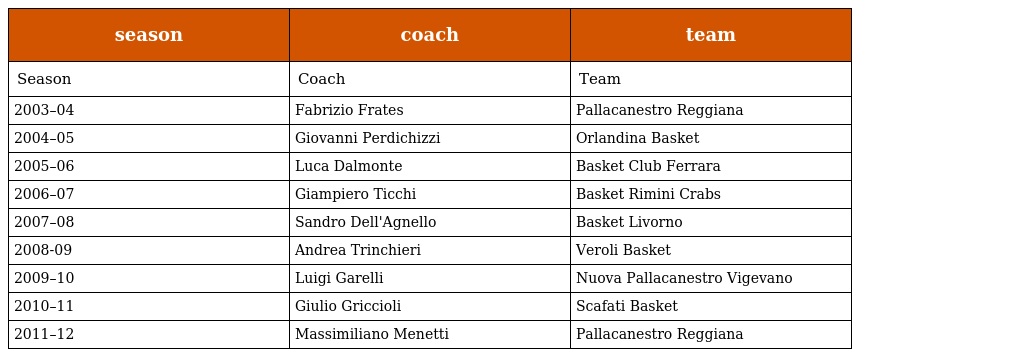
| season | coach | team |
 | --- | --- | --- |
 | Season | Coach | Team |
 | 2003–04 | Fabrizio Frates | Pallacanestro Reggiana |
 | 2004–05 | Giovanni Perdichizzi | Orlandina Basket |
 | 2005–06 | Luca Dalmonte | Basket Club Ferrara |
 | 2006–07 | Giampiero Ticchi | Basket Rimini Crabs |
 | 2007–08 | Sandro Dell'Agnello | Basket Livorno |
 | 2008-09 | Andrea Trinchieri | Veroli Basket |
 | 2009–10 | Luigi Garelli | Nuova Pallacanestro Vigevano |
 | 2010–11 | Giulio Griccioli | Scafati Basket |
 | 2011–12 | Massimiliano Menetti | Pallacanestro Reggiana |